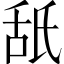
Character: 舐